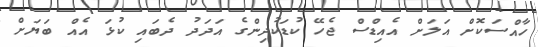
ހާއްސަކޮށް އަލަށް އެއިޑްސް ޖެހޭ ކުޑަކުދިންގެ އަދަދު ދެބައި ކުޅަ އެއް ބަޔަށް